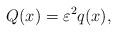
LaTeX: \begin{align*}Q(x) = \varepsilon^2 q(x),\end{align*}